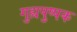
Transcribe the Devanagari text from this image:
गुह्यपुष्पक